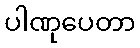
ပါဏုပေတာ